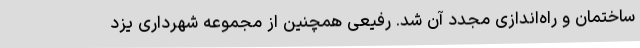
ساختمان و راه‌اندازی مجدد آن شد. رفیعی همچنین از مجموعه شهرداری یزد